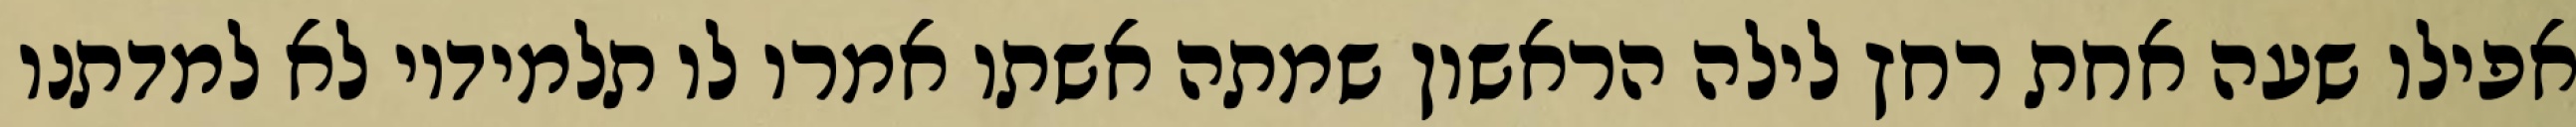
אפילו שעה אחת רחץ לילה הראשון שמתה אשתו אמרו לו תלמידיו לא למדתנו